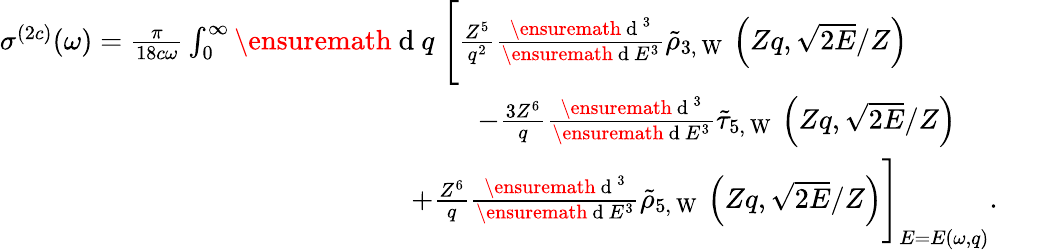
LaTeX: \begin{array}{r}{\sigma^{(2c)}(\omega)=\frac{\pi}{18c\omega}\int_{0}^{\infty}\ensuremath{\mathrm{~d~}}q\; \Biggl[\frac{Z^{5}}{q^{2}}\frac{\ensuremath{\mathrm{~d~}}^{3}}{\ensuremath{\mathrm{~d~}}E^{3}}\tilde{\rho}_{3,\mathrm{~W~}}\left(Zq,\sqrt{2E}/Z\right)\phantom{xxxxxxxx}}\\ {-\frac{3Z^{6}}{q}\frac{\ensuremath{\mathrm{~d~}}^{3}}{\ensuremath{\mathrm{~d~}}E^{3}}\tilde{\tau}_{5,\mathrm{~W~}}\left(Zq,\sqrt{2E}/Z\right)\phantom{xxxxx}}\\ {+\frac{Z^{6}}{q}\frac{\ensuremath{\mathrm{~d~}}^{3}}{\ensuremath{\mathrm{~d~}}E^{3}}\tilde{\rho}_{5,\mathrm{~W~}}\left(Zq,\sqrt{2E}/Z\right)\Biggl]_{E=E(\omega,q)}.\; \; \; \; \; }\end{array}